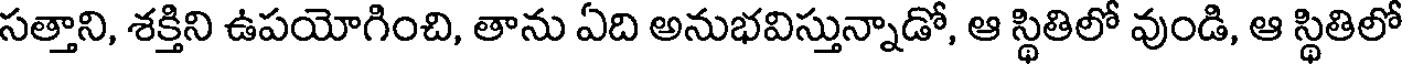
సత్తాని, శక్తిని ఉపయోగించి, తాను ఏది అనుభవిస్తున్నాడో, ఆ స్థితిలో వుండి, ఆ స్థితిలో